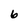
Character: 6